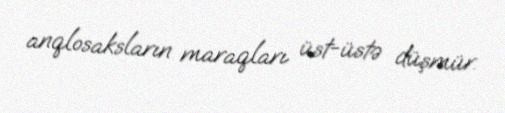
anqlosaksların maraqları üst-üstə düşmür.